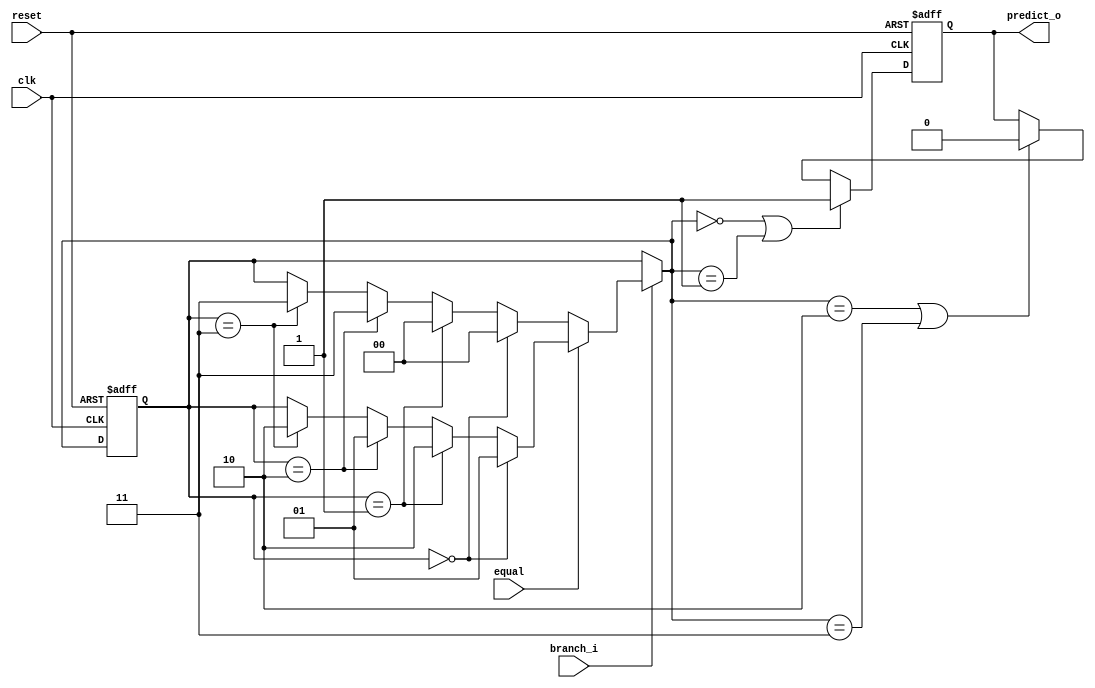
module Branch_Predictor(
    clk,
    reset,
    branch_i,
    equal,
    predict_o
);

input clk;
input reset;
input branch_i;
input equal;
reg [1:0] state;
output predict_o;
reg predict_o;

always @(posedge clk or negedge reset) begin
    if(~reset) begin
        state <= 2'b00;
        predict_o <= 1'b1;
    end
    else begin 
        if(branch_i == 1'b1) begin
            if(equal == 1'b1) begin
                if(state[1:0] == 2'b00)begin
                    state[1:0] = 2'b01;
                end
                else if(state[1:0] == 2'b01)begin
                    state[1:0] = 2'b10;
                end
                else if(state[1:0] == 2'b10)begin
                    state[1:0] = 2'b01;
                end
                else if(state[1:0] == 2'b11)begin
                    state[1:0] = 2'b10;
                end
            end
            else if(equal == 1'b0) begin
                if(state[1:0] == 2'b00)begin
                    state[1:0] = 2'b00;
                end
                else if(state[1:0] == 2'b01)begin
                    state[1:0] = 2'b00;
                end
                else if(state[1:0] == 2'b10)begin
                    state[1:0] = 2'b11;
                end
                else if(state[1:0] == 2'b11)begin
                    state[1:0] = 2'b11;
                end
            end
        end
    
        if(state == 2'b00 || state == 2'b01) begin
            predict_o <= 1'b1;
        end
        else if(state == 2'b10 || state == 2'b11)  begin
            predict_o <= 1'b0;
        end
    end
end

endmodule